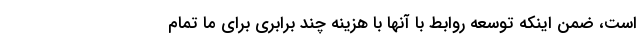
است، ضمن اینکه توسعه روابط با آنها با هزینه چند برابری برای ما تمام